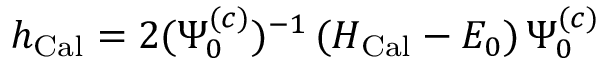
h _ { \mathrm { C a l } } = 2 ( \Psi _ { 0 } ^ { ( c ) } ) ^ { - 1 } \, ( { \cal H } _ { \mathrm { C a l } } - E _ { 0 } ) \, \Psi _ { 0 } ^ { ( c ) }